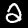
Label: 2